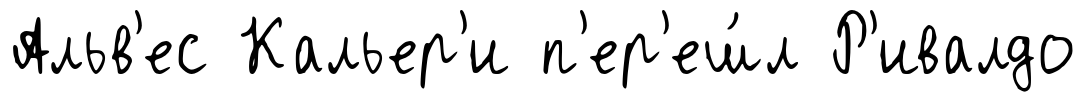
Альв'ес Кальер'и п'ер'еш́л Р'ивалдо